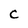
Character: C